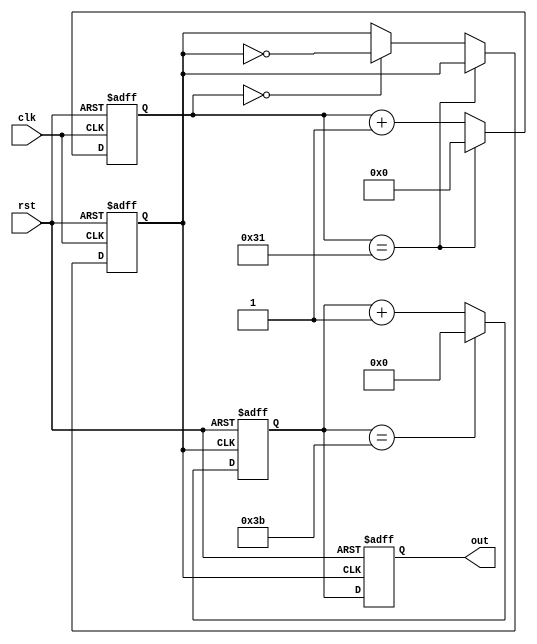
module cnt_w_dll#(parameter half=49, count_to = 60)(rst,clk,out);
input rst, clk;
output [6:0] out;
reg [6:0] out, temp;
reg new_clk;
reg [15:0]cnt_clk;

always@(posedge clk or negedge rst)
begin
    if(!rst)
	begin
      new_clk <= 0;
      cnt_clk <= 0;
    end
    else
	begin  
      cnt_clk <= cnt_clk+1;

      if(cnt_clk == half)
        cnt_clk <=0;
      else if(cnt_clk==0)
        new_clk <= !new_clk;     

    end
end    

always@(posedge new_clk or negedge rst) begin 
    if(!rst)
    begin
        out <=7'b0000000;
        temp<=7'b0000000;
    end
    else
    begin
        
        if(temp == count_to-1)
            temp <= 7'b0000000;
        else
            temp <= temp +1;
        out <=temp;
    end


end
endmodule